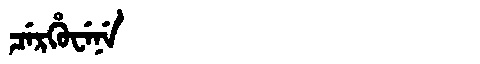
Manchu: ᠴᡝᡵᡥᡠᠸᡝᠨᡝ
Romanization: CERHUWENE